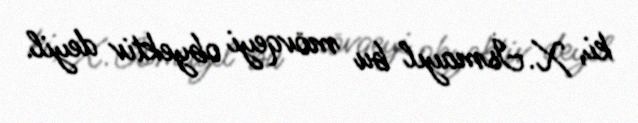
ki, X.İsmayıl bu mövqeyi obyektiv deyil.